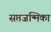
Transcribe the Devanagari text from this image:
सप्तजन्मिका